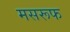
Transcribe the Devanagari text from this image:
मसरूफ